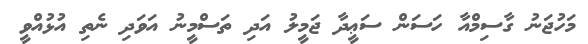
މަހުޖަނު ގާސިމްއާ ހަސަން ސަޢީދާ ޖަމީލު އަދި ތަސްމީނު އަވަދި ނެތި އުޅުއްވީ